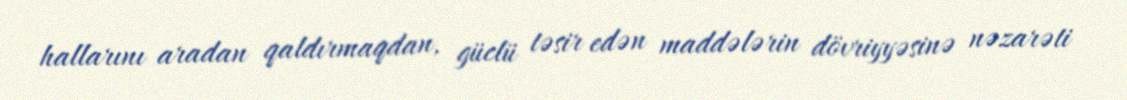
hallarını aradan qaldırmaqdan, güclü təsir edən maddələrin dövriyyəsinə nəzarəti